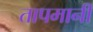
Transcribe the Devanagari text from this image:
तापमानी